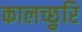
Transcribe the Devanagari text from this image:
कालच्छुरि